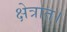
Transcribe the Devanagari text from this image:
क्षेत्रात।